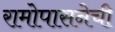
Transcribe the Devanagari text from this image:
रामोपासनेची